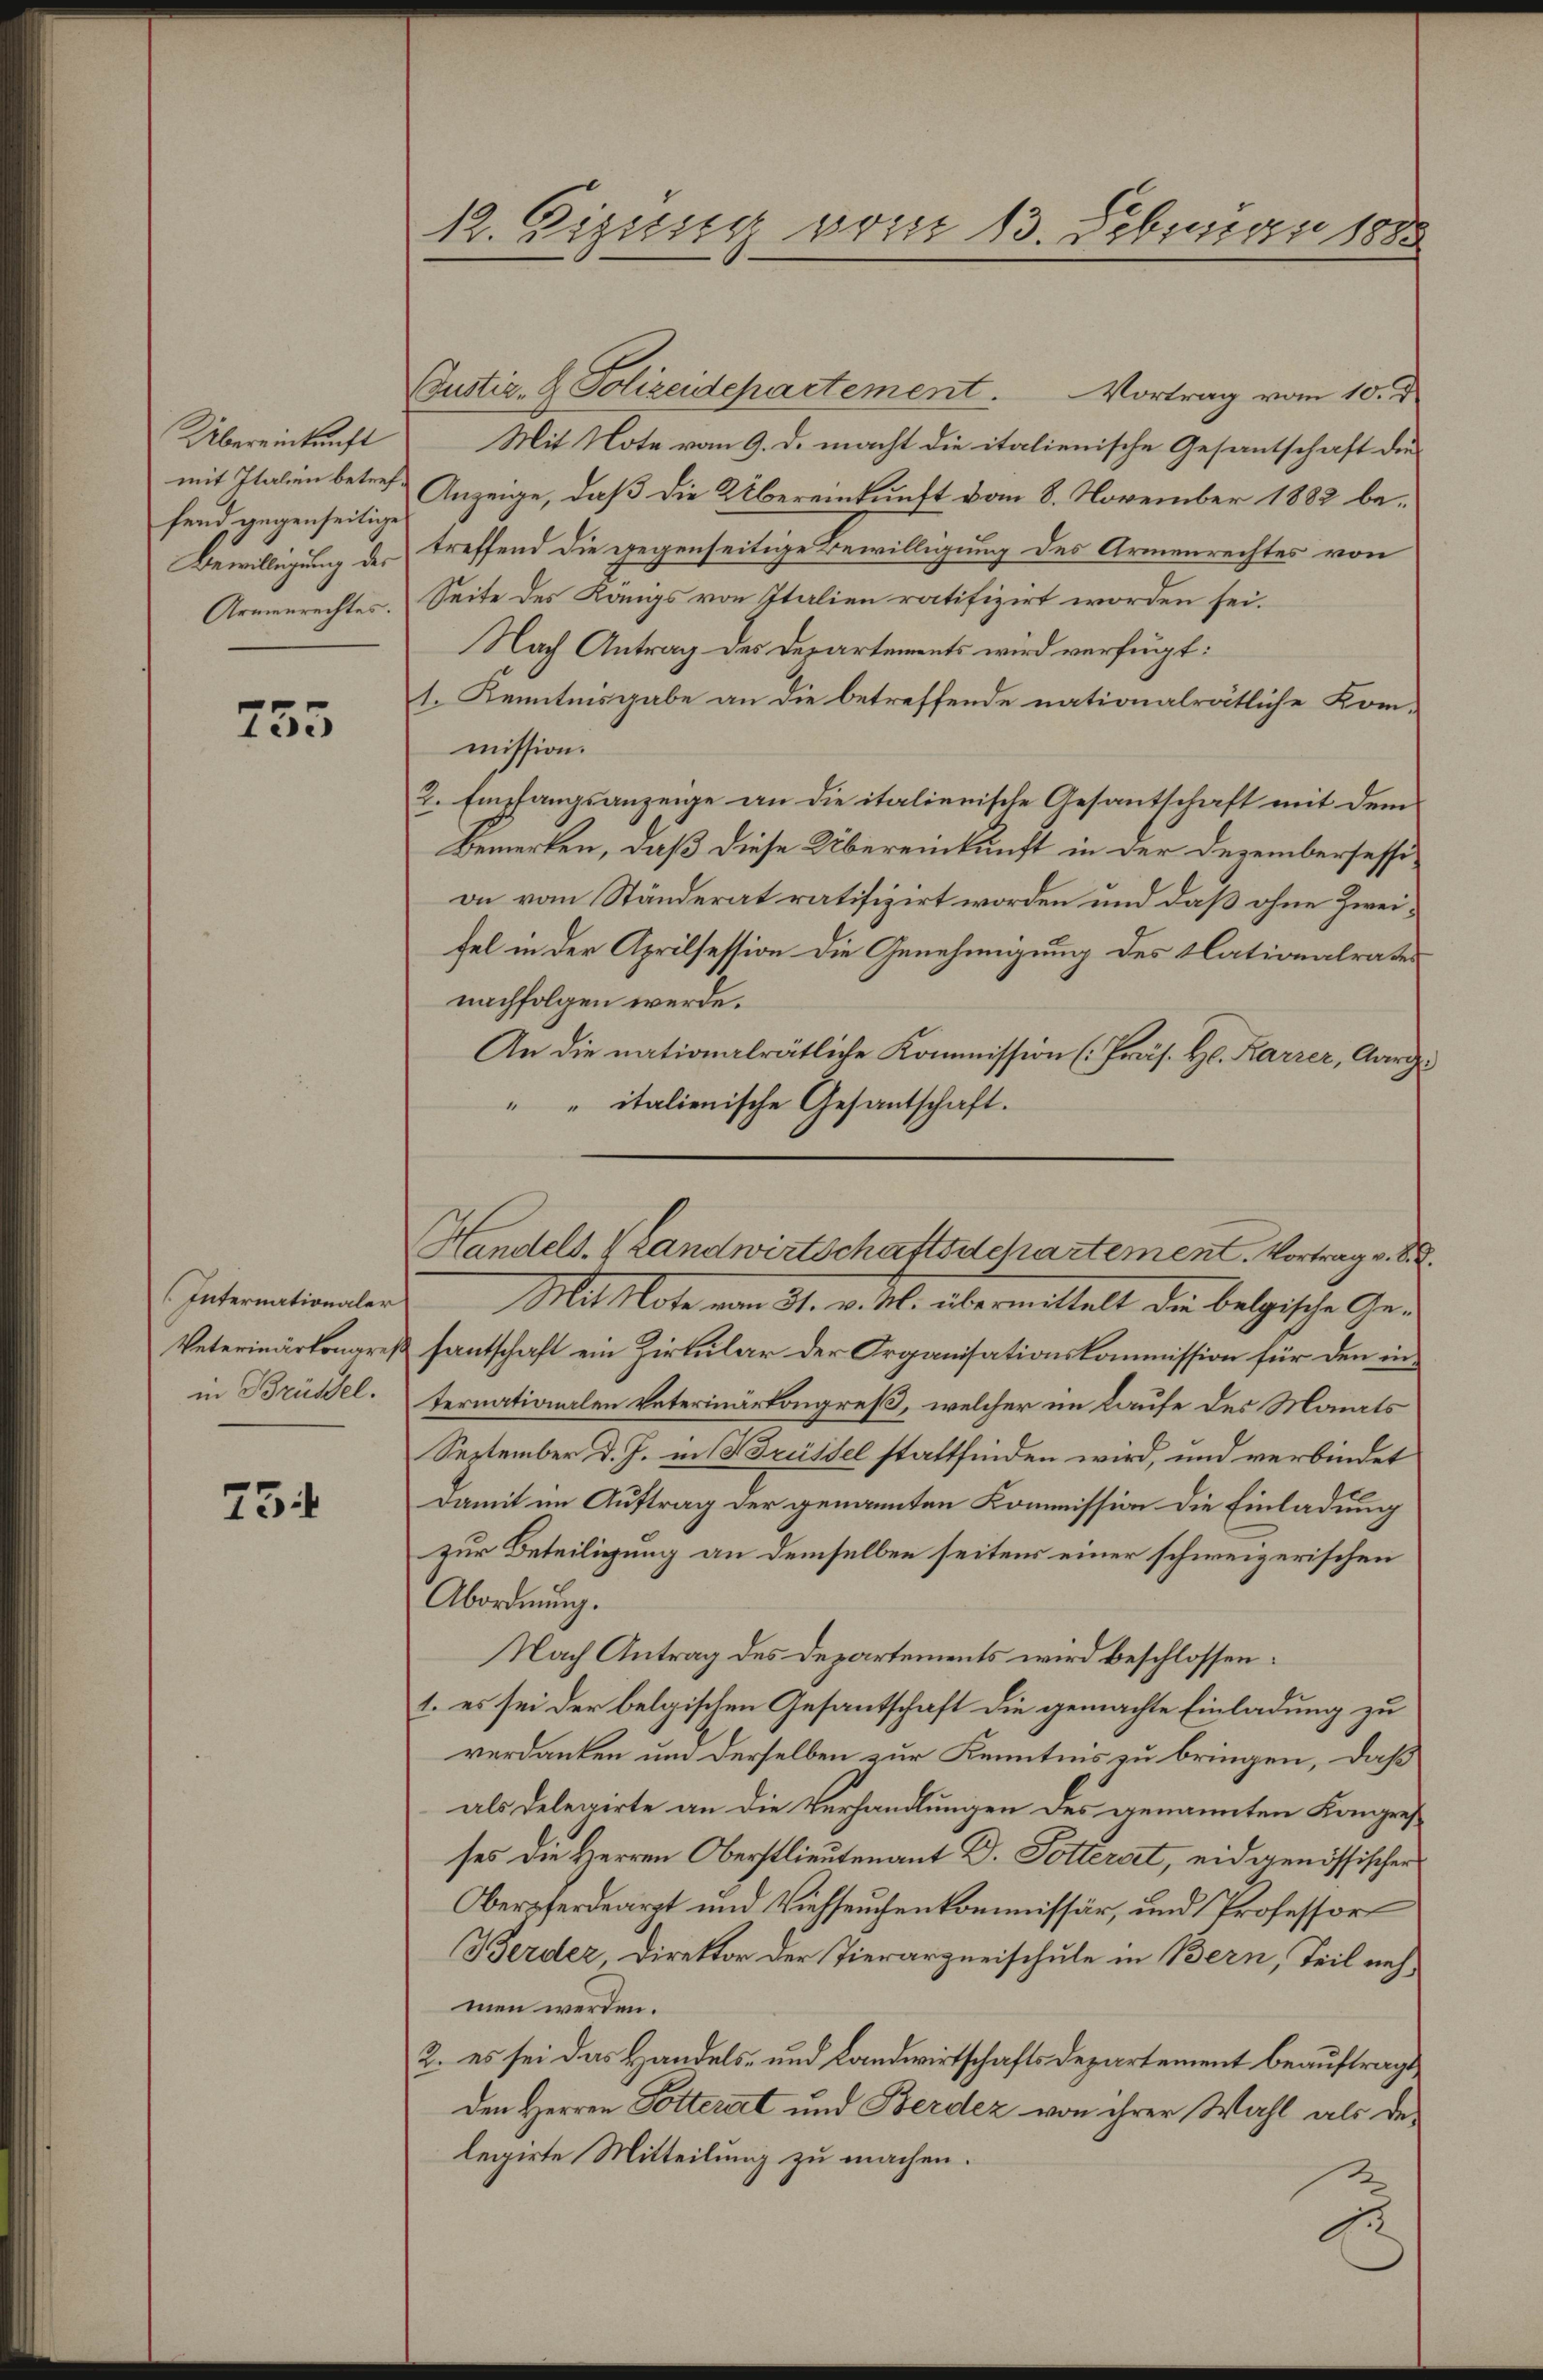
Übereinkunft
mit Italien betref
fend gegenseitige
Bewilligung des
Armenrechtes.

755

Internationaler
Veterinärkonares
in Brüssel.

734

12. Dieser vom 13. Februar 1888

Justiz- & Polizeidepartement. Vortrag vom 10. d.
Mit Note vom 9. d. macht die italienische Gesantschaft die
Anzeige, daß die Übereinkunft vom 8. November 1882 betreffend die gegenseitige Bewilligung des Armenrechtes von
Seite des Kangs von Italien ratifizirt worden sei.
Nach Antrag des Departements wird verfügt:
1. Kenntnisgabe an die betreffende nationalrätliche Kommission.
2. Empfangsanzeige an die italienische Gesantschaft mit dem
Bemerken, daß diese Übereinkunft in der Dezembersessi
on vom Ständerat ratifizirt worden und daß ohne Zweifel in der Aprilsession die Genehmigung des Nationalrates
nachfolgen werde.
An die nationalrätliche Kommission (Präs. Hl. Karrer, Aarg
" " italienische Gesantschaft.
Mit Note vom 31. v. M. übermittelt die belgische Gesantschaft ein Zirkular der Organisationskommission für den internationalen Vaterinärkongreß, welcher im Laufe des Monats
September d. J. in Brüssel stattfinden wird, und verbindet
Damit im Auftrag der genannten Kommission die Einladung
zur Beteiligung an demselben seitens einer schweizerischen
Abordnung.
Nach Antrag des Departements wird beschlossen:
1. es sei der belgischen Gesantschaft die gemachte Einladung zu
verdanken um derselben zur Kenntnis zu bringen, daß
als Delegirte an die Verhandlungen des genannten Kongres
ses die Herren Oberstlieutenant D. Potterset, eidgenössischer
Oberpferdearzt und Viehseuchenkommissär, und Professor
Berder, Direktor der Tierarzneischule in Bern, Teil nehmen werden.
2. es sei das Handels- und Landwirtschafts Departement beauftragt,
Den Herren Potterat und Berdez von ihrer Wahl als der
legirte Mitteilung zu machen.

Handels- & Landwirtschaftsschartement. Vortrag v. 8.